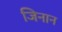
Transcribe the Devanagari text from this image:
जिनान